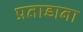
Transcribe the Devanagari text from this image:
प्रताडाना